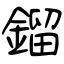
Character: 鎦